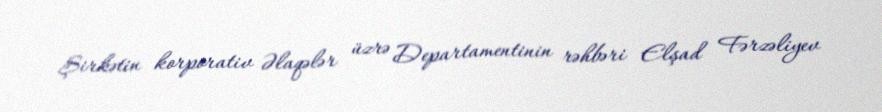
Şirkətin korporativ Əlaqələr üzrə Departamentinin rəhbəri Elşad Fərzəliyev